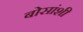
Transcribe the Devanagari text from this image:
बोसांशी